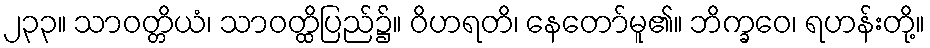
၂၃၃။ သာဝတ္တိယံ၊ သာဝတ္ထိပြည်၌။ ဝိဟရတိ၊ နေတော်မူ၏။ ဘိက္ခဝေ၊ ရဟန်းတို့။